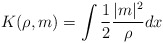
\begin{align*}K (\rho, m) = \int \frac{1}{2} \frac{ |m|^2}{\rho} dx\end{align*}